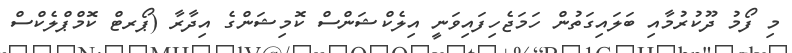
މި ފޯމު ދޫކުރުމާއި ބަލައިގަތުން ހަމަޖެހިފައިވަނީ އިލެކްޝަންސް ކޮމިޝަންގެ އިދާރާ (ޕޯރޓް ކޮމްޕްލެކްސް